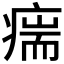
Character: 𰣵